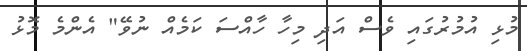
މުޅި އުމުރުގައި ވެސް އަދި މިހާ ހާއްސަ ކަމެއް ނުވޭ" އެންމެ މޮޅު